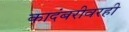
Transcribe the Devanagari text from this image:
कादंबरीवरही